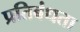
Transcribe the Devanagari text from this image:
प्रतिबंधता